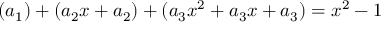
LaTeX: ( a _ { 1 } ) + ( a _ { 2 } x + a _ { 2 } ) + ( a _ { 3 } x ^ { 2 } + a _ { 3 } x + a _ { 3 } ) = x ^ { 2 } - 1